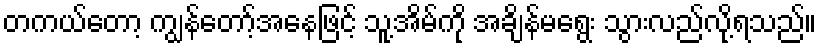
တကယ်တော့ ကျွန်တော့်အနေဖြင့် သူ့အိမ်ကို အချိန်မရွေး သွားလည်လို့ရသည်။